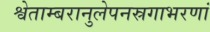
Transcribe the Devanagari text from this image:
श्वेताम्बरानुलेपनस्रगाभरणां